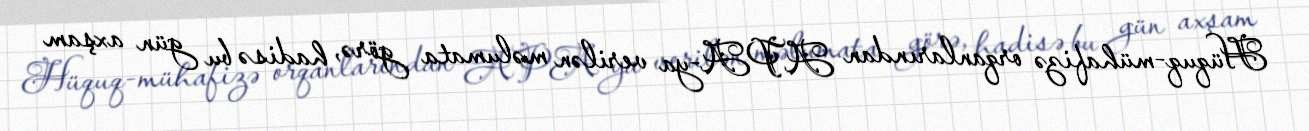
Hüquq-mühafizə orqanlarından APA-ya verilən məlumata görə, hadisə bu gün axşam